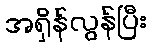
အရှိန်လွန်ပြီး